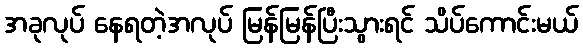
အခုလုပ် နေရတဲ့အလုပ် မြန်မြန်ပြီးသွားရင် သိပ်ကောင်းမယ်